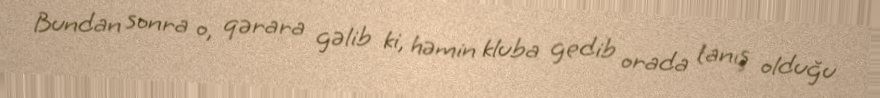
Bundan sonra o, qərara gəlib ki, həmin kluba gedib orada tanış olduğu